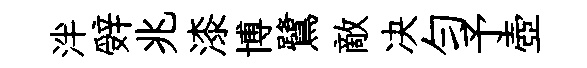
泮辤兆漆博鷺敵决匀予壺